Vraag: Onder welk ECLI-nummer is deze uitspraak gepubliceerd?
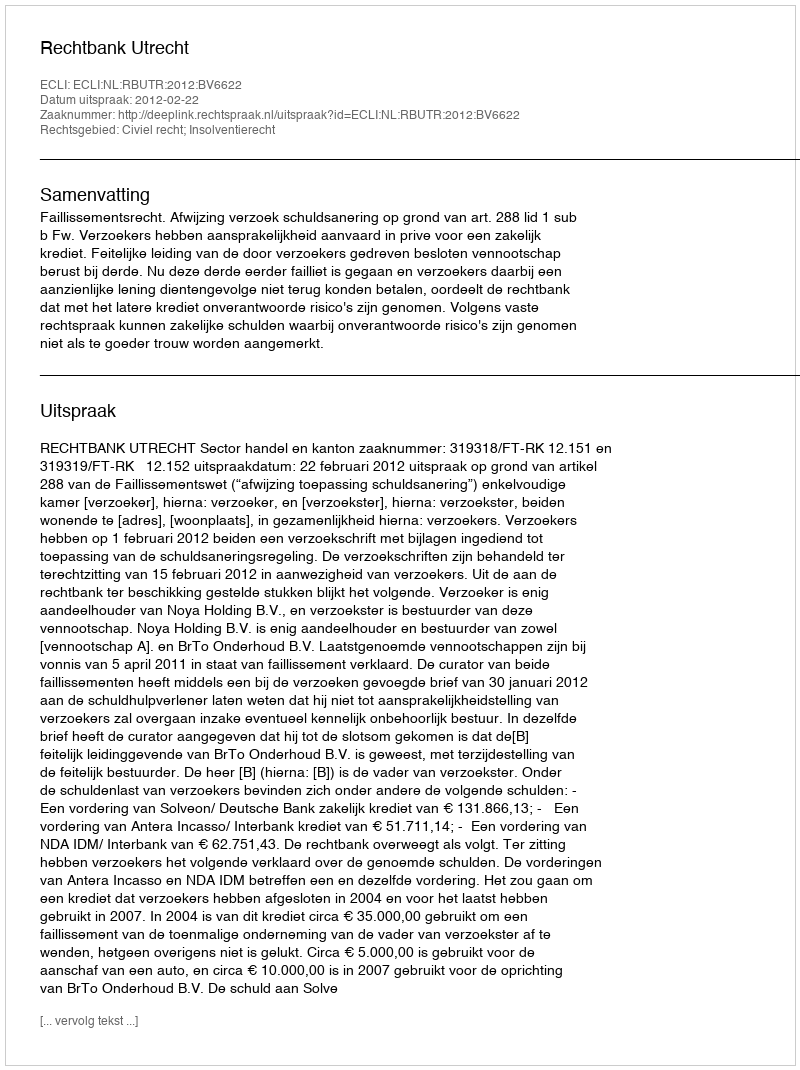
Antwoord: ECLI:NL:RBUTR:2012:BV6622